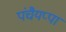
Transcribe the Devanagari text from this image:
पंचैयप्पा